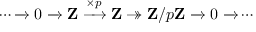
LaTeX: \cdots { \xrightarrow { } } \; 0 \; { \xrightarrow { } } \; \mathbf { Z } \; { \xrightarrow { \times p } } \; \mathbf { Z } \twoheadrightarrow \mathbf { Z } / p \mathbf { Z } \; { \xrightarrow { } } \; 0 \; { \xrightarrow { } } \cdots